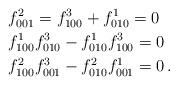
LaTeX: \begin{align*} & f^2_{001}= f^3_{100}+f^1_{010}=0\\ & f^1_{100}f^3_{010}-f^1_{010}f^3_{100}=0\\ & f^2_{100}f^3_{001}-f^2_{010}f^1_{001}=0\, .\end{align*}